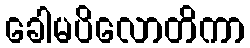
ခေါမပိလောတိကာ